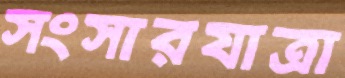
সংসারযাত্রা